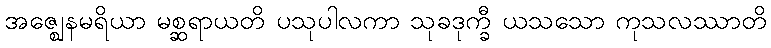
အဇ္ဈေနမရိယာ မစ္ဆရာယတိ ပသုပါလကာ သုခဒုက္ခီ ယသသော ကုသလဿာတိ